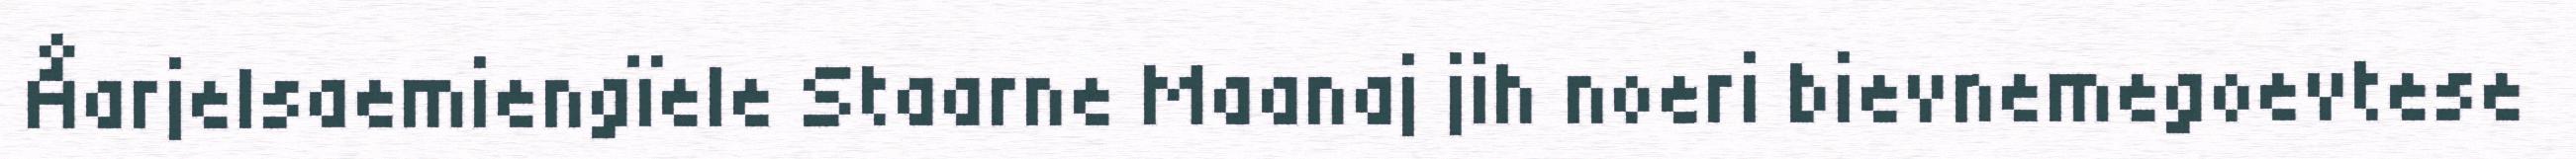
Åarjelsaemiengïele Staarne Maanaj jih noeri bievnemegoevtese